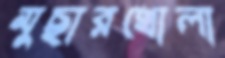
মুছারখোলা